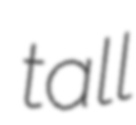
tall